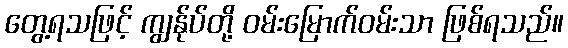
တွေ့ရသဖြင့် ကျွန်ုပ်တို့ ဝမ်းမြောက်ဝမ်းသာ ဖြစ်ရသည်။